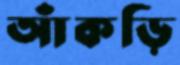
আঁকড়ি